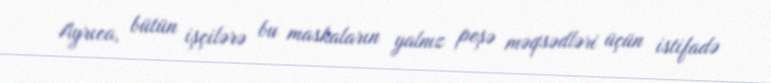
Ayrıca, bütün işçilərə bu maskaların yalnız peşə məqsədləri üçün istifadə